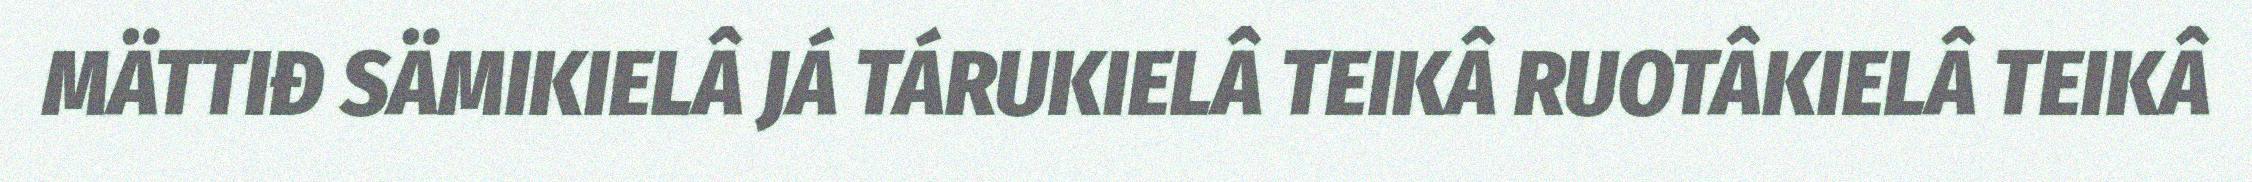
MÄTTIĐ SÄMIKIELÂ JÁ TÁRUKIELÂ TEIKÂ RUOTÂKIELÂ TEIKÂ